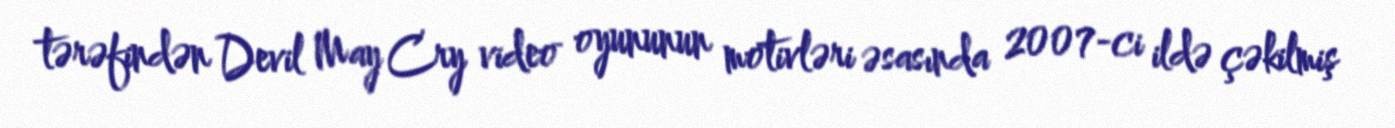
tərəfindən Devil May Cry video oyununun motivləri əsasında 2007-ci ildə çəkilmiş